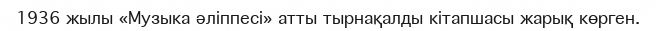
1936 жылы «Музыка әліппесі» атты тырнақалды кітапшасы жарық көрген.